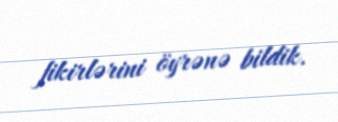
fikirlərini öyrənə bildik.